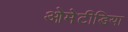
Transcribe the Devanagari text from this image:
ओमेटीडिया